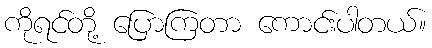
ကိုရင်တို့ ပြောကြတာ ကောင်းပါတယ်။